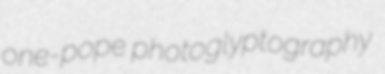
one-pope photoglyptography